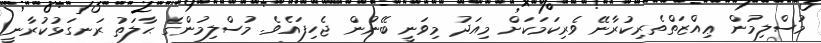
މުސްލިމުން ޢިއްޒަތްތެރިކުރާނޭ ވެރިކަމަކަށް މިއަދު މިވަނީ ބޭނުން ޖެހިފައެވެ. މުސްލިމުންގެ ޙާލަތު ރަނގަޅުކުރާނީ